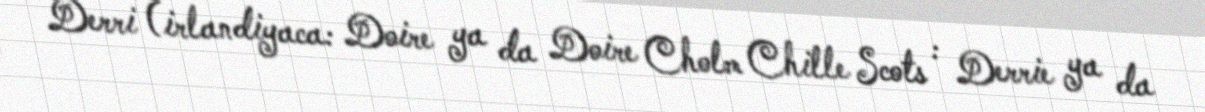
Derri (irlandiyaca: Doire ya da Doire Cholm Chille Scots : Derrie ya da